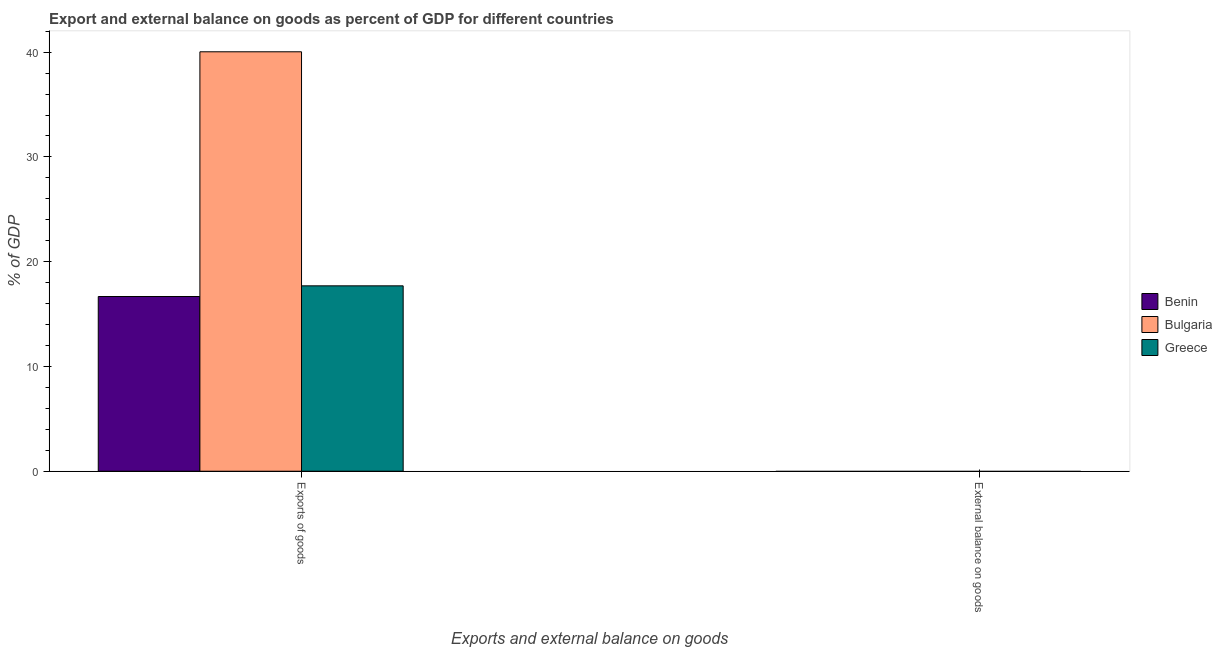
| Exports and external balance on goods | Benin | Bulgaria | Greece |
 | --- | --- | --- | --- |
 | Exports of goods | 16.7 | 40 | 17.7 |
 | External balance on goods | -15.9 | -3.44 | -7.26 |